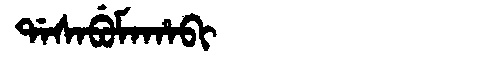
Manchu: ᡩᠠᠰᠠᠪᡠᠮᠠᡥᠠᠪᡳ
Romanization: DASABUMAHABI